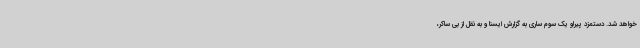
خواهد شد. دستمزد پیرلو یک سوم ساری به گزارش ایسنا و به نقل از بی ساکر،